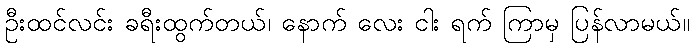
ဦးထင်လင်း ခရီးထွက်တယ်၊ နောက် လေး ငါး ရက် ကြာမှ ပြန်လာမယ်။